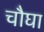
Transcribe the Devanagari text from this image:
चौघा